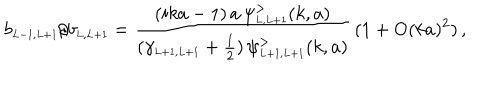
LaTeX: b _ { \scriptscriptstyle { L - 1 , L + 1 } } / b _ { \scriptscriptstyle { L , L + 1 } } = \frac { ( i k a - 1 ) \, a \, \psi _ { \scriptscriptstyle { L , L + 1 } } ^ { > } ( k , a ) } { ( \gamma _ { \scriptscriptstyle { L + 1 , L + 1 } } + \frac { 1 } { 2 } ) \, \psi _ { \scriptscriptstyle { L + 1 , L + 1 } } ^ { > } ( k , a ) } \, ( 1 + \mathrm { O } ( k a ) ^ { 2 } ) \, ,